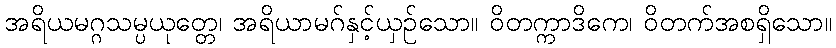
အရိယမဂ္ဂသမ္ပယုတ္တေ၊ အရိယာမဂ်နှင့်ယှဉ်သော။ ဝိတက္ကာဒိကေ၊ ဝိတက်အစရှိသော။